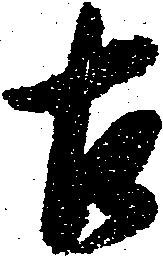
古